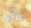
الآن